Vaccination in the Punjab 1867-1880 - 1867-1880
Year: 1867
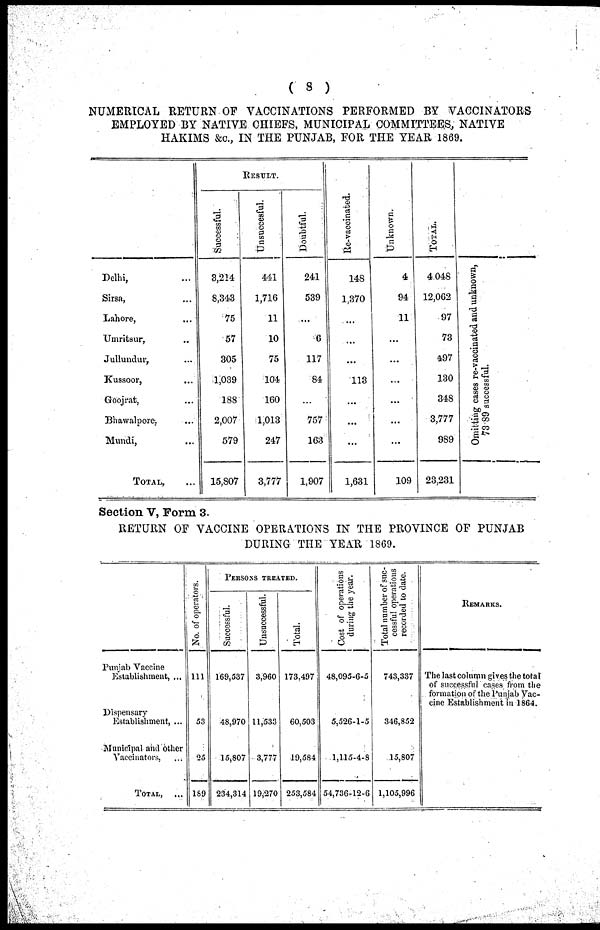
( 8 )
NUMERICAL RETURN OF VACCINATIONS PERFORMED BY VACCINATORS
EMPLOYED BY NATIVE CHIEFS, MUNICIPAL COMMITTEES, NATIVE
HAKIMS &c., IN THE PUNJAB, FOR THE YEAR 1869.
Delhi, ...
Sirsa, ...
Lahore, ...
Umritsur, ...
Jullundur, ...
Kussoor, ...
Goojrat, ...
Bhawalpore, ...
Mundi, ...
TOTAL, ...
RESULT.
Successful.
3,214
8,343
75
57
305
1,039
188
2,007
579
15,807
Unsuccesful.
441
1,716
11
10
75
104
160
1,013
247
3,777
Doubtful.
241
539
...
6
117
84
...
757
163
1,907
Re-vaccinated.
148
1,370
...
...
...
113
...
...
...
1,631
Unknown.
4
94
11
...
...
...
...
...
...
109
TOTAL.
4,048
12,062
97
73
497
130
348
3,777
989
23,231
Omitting cases re-vaccinated and unknown,
73 89 successful.
Section V, Form 3.
RETURN OF VACCINE OPERATIONS IN THE PROVINCE OF PUNJAB
DURING THE YEAR 1869.
Punjab Vaccine
Establishment, ...
Dispensary
Establishment, ...
Municipal and other
Vaccinators,
TOTAL, ...
No. of operators.
111
53
25
189
PERSONS TREATED.
Successful.
169,537
48,970
15,807
234,314
Unsuccessful.
3,960
11,533
3,777
19,270
Total.
173,497
60,503
49,584
253,584
Cost of operations
during the year.
48,095-6-5
5,526-1-5
1,115-4-8
54,736-12-6
Total number of suc-
cessful operations
recorded to date.
743,337
346,852
15,807
1,105,996
REMARKS.
The last column gives the total
of successful cases from the
formation of the Punjab Vac-
cine Establishment in 1864.